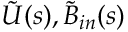
\tilde { U } ( s ) , \tilde { B } _ { i n } ( s )